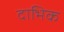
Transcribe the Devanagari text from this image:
दाभिक